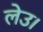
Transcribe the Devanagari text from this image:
लेउ।